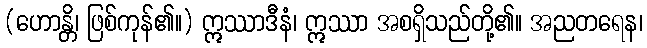
(ဟောန္တိ၊ ဖြစ်ကုန်၏။) ဣဿာဒီနံ၊ ဣဿာ အစရှိသည်တို့၏။ အညတရေန၊